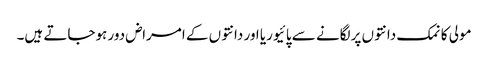
مولی کا نمک دانتوں پرلگانے سے پائیوریا اور دانتوں کے امراض دور ہوجاتے ہیں۔